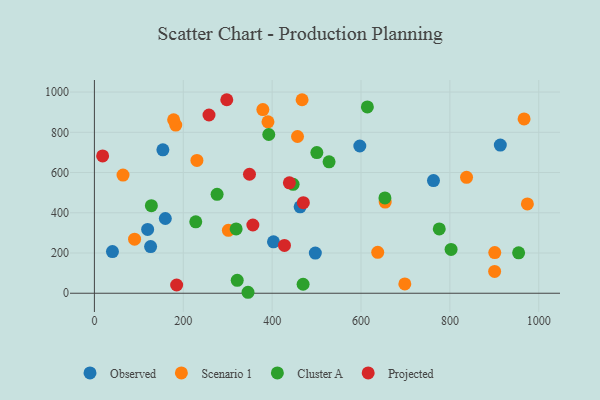
{"axis": {"x": "Engine Size", "y": "Fuel Efficiency"}, "legend": ["Cluster A", "Observed", "Projected", "Scenario 1"], "data": [{"x": "597.3", "y": 731.8, "type": "Observed"}, {"x": "403.0", "y": 255.8, "type": "Observed"}, {"x": "463.0", "y": 429.7, "type": "Observed"}, {"x": "913.5", "y": 736.7, "type": "Observed"}, {"x": "763.1", "y": 560.0, "type": "Observed"}, {"x": "126.5", "y": 232.0, "type": "Observed"}, {"x": "119.8", "y": 317.3, "type": "Observed"}, {"x": "497.2", "y": 199.8, "type": "Observed"}, {"x": "40.6", "y": 207.1, "type": "Observed"}, {"x": "154.1", "y": 713.1, "type": "Observed"}, {"x": "159.6", "y": 371.5, "type": "Observed"}, {"x": "183.1", "y": 836.0, "type": "Scenario 1"}, {"x": "301.5", "y": 312.9, "type": "Scenario 1"}, {"x": "90.4", "y": 268.5, "type": "Scenario 1"}, {"x": "837.5", "y": 576.3, "type": "Scenario 1"}, {"x": "230.7", "y": 660.2, "type": "Scenario 1"}, {"x": "967.0", "y": 866.5, "type": "Scenario 1"}, {"x": "457.1", "y": 779.2, "type": "Scenario 1"}, {"x": "178.3", "y": 861.8, "type": "Scenario 1"}, {"x": "390.6", "y": 852.1, "type": "Scenario 1"}, {"x": "637.6", "y": 203.5, "type": "Scenario 1"}, {"x": "974.4", "y": 444.0, "type": "Scenario 1"}, {"x": "654.4", "y": 453.3, "type": "Scenario 1"}, {"x": "901.0", "y": 202.0, "type": "Scenario 1"}, {"x": "900.7", "y": 108.3, "type": "Scenario 1"}, {"x": "467.4", "y": 961.7, "type": "Scenario 1"}, {"x": "698.6", "y": 46.5, "type": "Scenario 1"}, {"x": "379.1", "y": 913.0, "type": "Scenario 1"}, {"x": "64.4", "y": 587.5, "type": "Scenario 1"}, {"x": "469.7", "y": 44.8, "type": "Cluster A"}, {"x": "345.7", "y": 4.8, "type": "Cluster A"}, {"x": "321.4", "y": 64.3, "type": "Cluster A"}, {"x": "528.1", "y": 653.4, "type": "Cluster A"}, {"x": "614.3", "y": 925.9, "type": "Cluster A"}, {"x": "954.7", "y": 201.1, "type": "Cluster A"}, {"x": "802.7", "y": 217.9, "type": "Cluster A"}, {"x": "128.2", "y": 435.3, "type": "Cluster A"}, {"x": "276.1", "y": 491.6, "type": "Cluster A"}, {"x": "500.6", "y": 699.0, "type": "Cluster A"}, {"x": "228.1", "y": 355.1, "type": "Cluster A"}, {"x": "653.8", "y": 474.0, "type": "Cluster A"}, {"x": "392.4", "y": 789.1, "type": "Cluster A"}, {"x": "319.0", "y": 319.8, "type": "Cluster A"}, {"x": "776.1", "y": 319.5, "type": "Cluster A"}, {"x": "447.2", "y": 541.6, "type": "Cluster A"}, {"x": "185.1", "y": 41.0, "type": "Projected"}, {"x": "297.9", "y": 961.9, "type": "Projected"}, {"x": "427.7", "y": 237.7, "type": "Projected"}, {"x": "349.0", "y": 591.4, "type": "Projected"}, {"x": "438.8", "y": 548.9, "type": "Projected"}, {"x": "356.6", "y": 339.2, "type": "Projected"}, {"x": "18.5", "y": 682.6, "type": "Projected"}, {"x": "470.2", "y": 450.4, "type": "Projected"}, {"x": "257.9", "y": 885.9, "type": "Projected"}]}